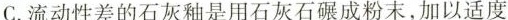
C.流动性差的石灰釉是用石灰石碾成粉末,加以适度